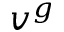
v ^ { g }